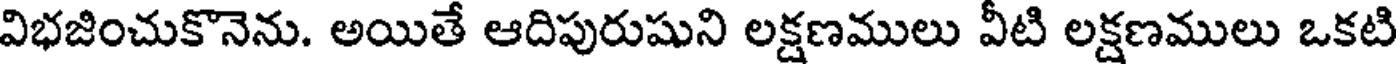
విభజించుకొనెను. అయితే ఆదిపురుషుని లక్షణములు వీటి లక్షణములు ఒకటి